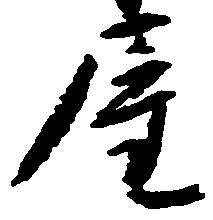
屋